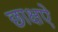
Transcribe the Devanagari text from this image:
छाक्षऐ